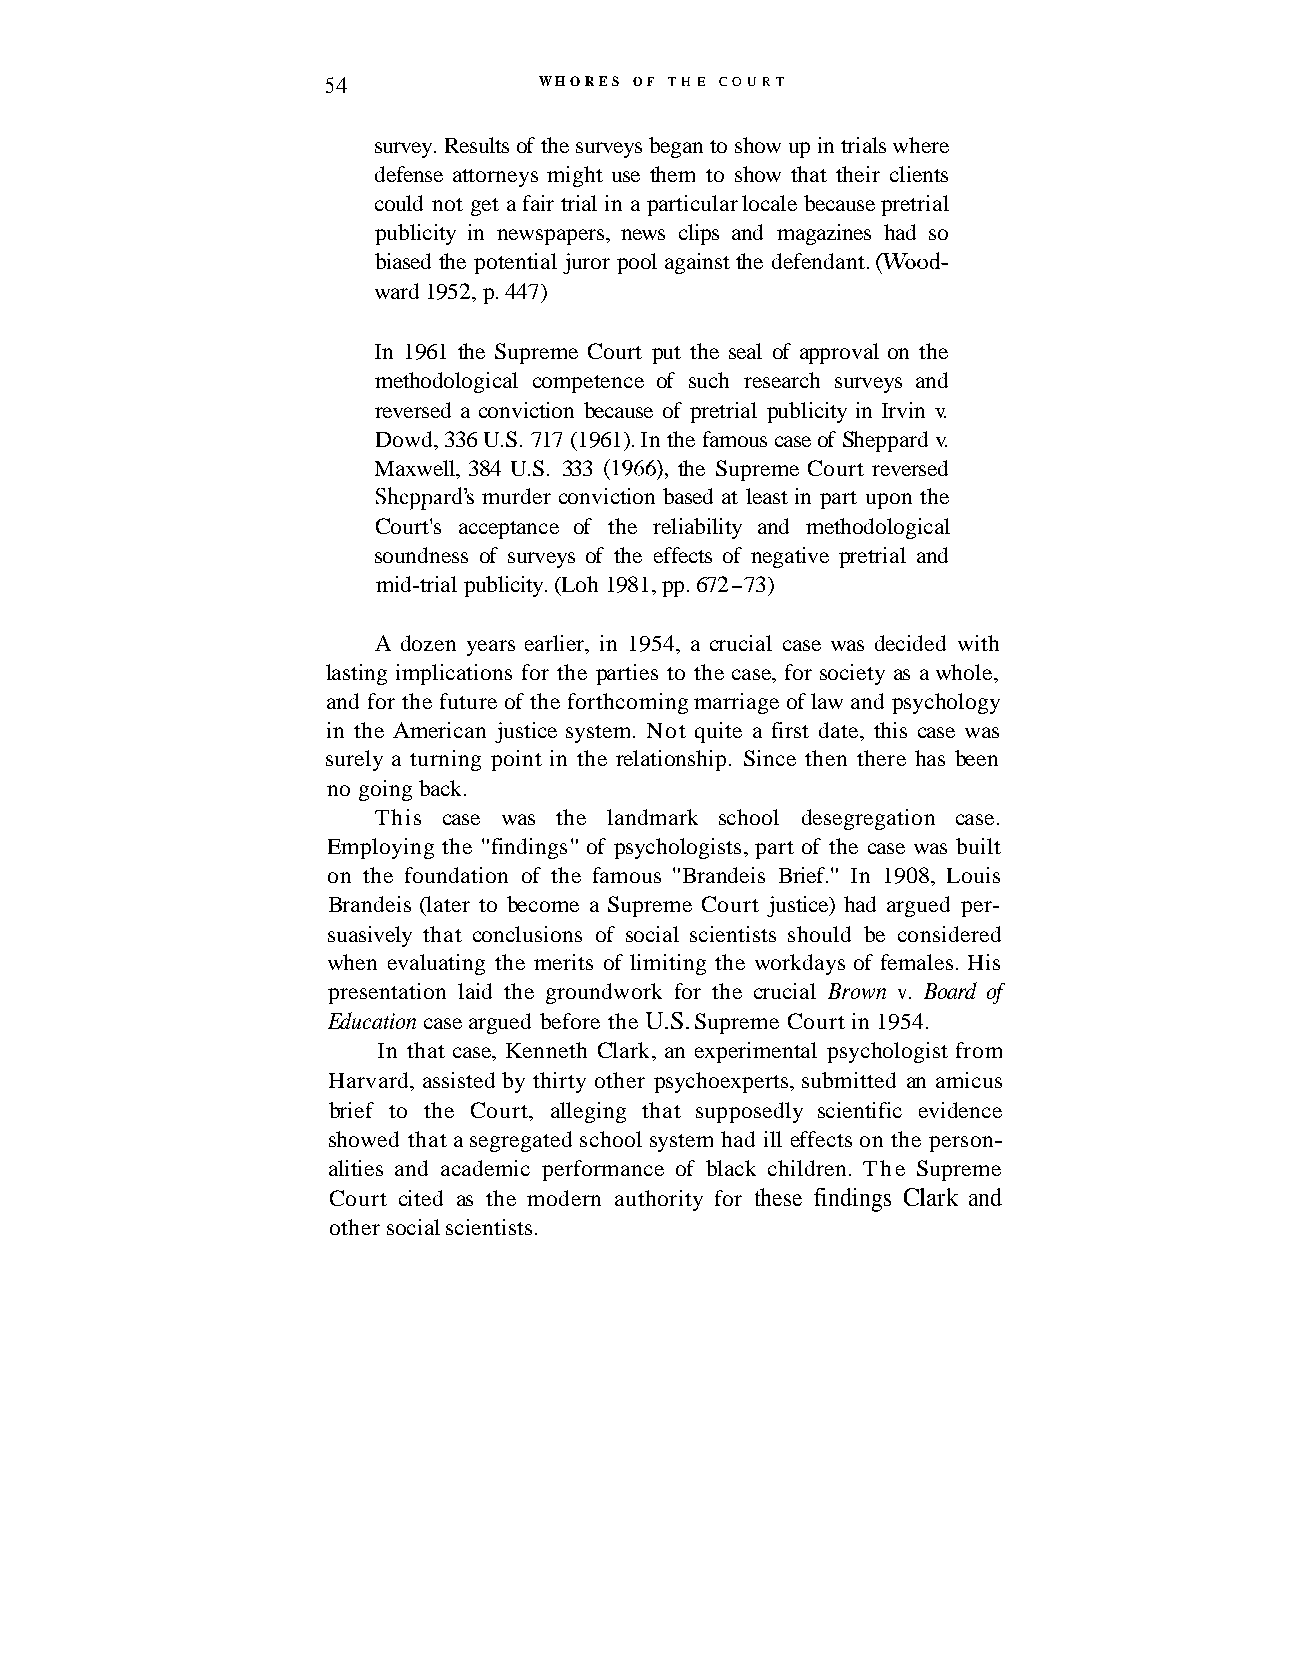
5 4            WHORES OF THE COURT
 survey. Results of the surveys began to show up in trials where
 defense attorneys might use them to show that their clients
 could not get a fair trial in a particular locale because pretrial
 publicity in newspapers, news clips and magazines had so
 biased the potential juror pool against the defendant. wood-
 ward 1952, p. 447)
 In 1961 the Supreme Court put the seal of approval on the
 methodological competence of such research surveys and
 reversed a conviction because of pretrial publicity in Irvin v.
 Dowd, 336 U.S. 717 (1961). In the famous case of Sheppard v.
 Maxwell, 384 U.S. 333 (1966), the Supreme Court reversed
 Sheppard's murder conviction based at least in part upon the
 Court's acceptance of the reliability and methodological
 soundness of surveys of the effects of negative pretrial and
 mid-trial publicity. (Loh 198 1, pp. 672 -73)
 A dozen years earlier, in 1954, a crucial case was decided with
 lasting implications for the parties to the case, for society as a whole,
 and for the future of the forthcoming marriage of law and psychology
 in the American justice system. Not quite a first date, this case was
 surely a turning point in the relationship. Since then there has been
 no going back.
 This case was the landmark school desegregation case.
 Employing the "findings" of psychologists, part of the case was built
 on the foundation of the famous "Brandeis Brief." In 1908, Louis
 Brandeis (later to become a Supreme Court justice) had argued per-
 suasively that conclusions of social scientists should be considered
 when evaluating the merits of limiting the workdays of females. His
 presentation laid the groundwork for the crucial Brown v. Board of
 Education case argued before the U.S. Supreme Court in 1954.
 In that case, Kenneth Clark, an experimental psychologist from
 Harvard, assisted by thirty other psychoexperts, submitted an amicus
 brief to the Court, alleging that supposedly scientific evidence
 showed that a segregated school system had ill effects on the person-
 alities and academic performance of black children. The Supreme
 Court cited as the modern authority for these findings Clark and
 other social scientists.